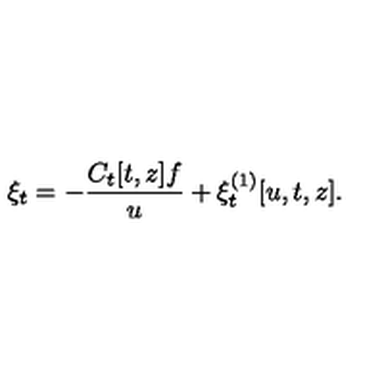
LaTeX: \xi _ { t } = - { \frac { C _ { t } [ t , z ] f } { u } } + \xi _ { t } ^ { ( 1 ) } [ u , t , z ] .